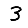
Digit: 3